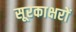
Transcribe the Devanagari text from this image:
सूरकाक्षरों